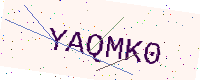
Text: YAQMK0